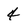
Character: 4